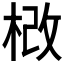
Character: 𣒵